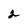
Character: 2